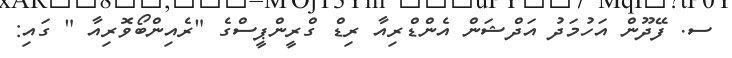
ސ. ފޭދޫން އަހުމަދު އަދްޝަން އެންޑްރިއާ ރިޑް ގްރީންޕީސްގެ "ރެއިންބޯވޮރިއާ " ގައި: